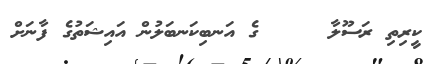
ކީރިތި ރަސޫލާ     ގެ އަނބިކަނބަލުން އައިޝަތުގެ ފާނަށް